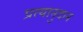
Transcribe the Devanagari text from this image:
प्रत्यानुदान